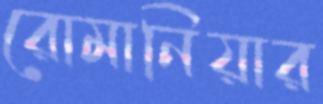
রোমানিয়ার